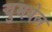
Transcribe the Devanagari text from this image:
चुमयेल